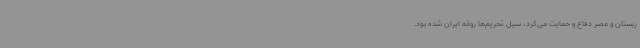
ربستان و مصر دفاع و حمایت می‌کرد، سیل تحریم‌ها روانه ایران شده بود.